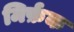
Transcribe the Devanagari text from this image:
मिर्फ़क